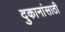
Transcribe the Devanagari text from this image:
दुकानांसाठी